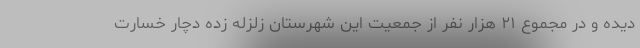
دیده و در مجموع ۲۱ هزار نفر از جمعیت این شهرستان زلزله زده دچار خسارت